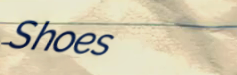
Shoes